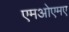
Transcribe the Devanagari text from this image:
एमओएमए